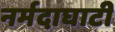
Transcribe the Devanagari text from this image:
नर्मदाघाटी